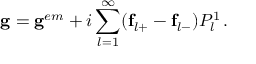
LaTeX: \mathbf { g } = \mathbf { g } ^ { e m } + i \sum _ { l = 1 } ^ { \infty } ( \mathbf { f } _ { l + } - \mathbf { f } _ { l - } ) P _ { l } ^ { 1 } \, .